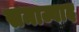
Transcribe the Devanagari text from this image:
समाज्वाद